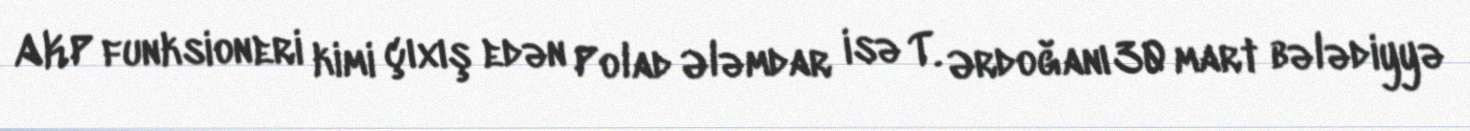
AKP funksioneri kimi çıxış edən Polad Ələmdar isə T. Ərdoğanı 30 mart bələdiyyə